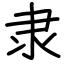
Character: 隶